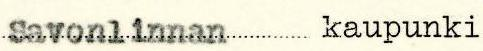
Savonlinnan kaupunki